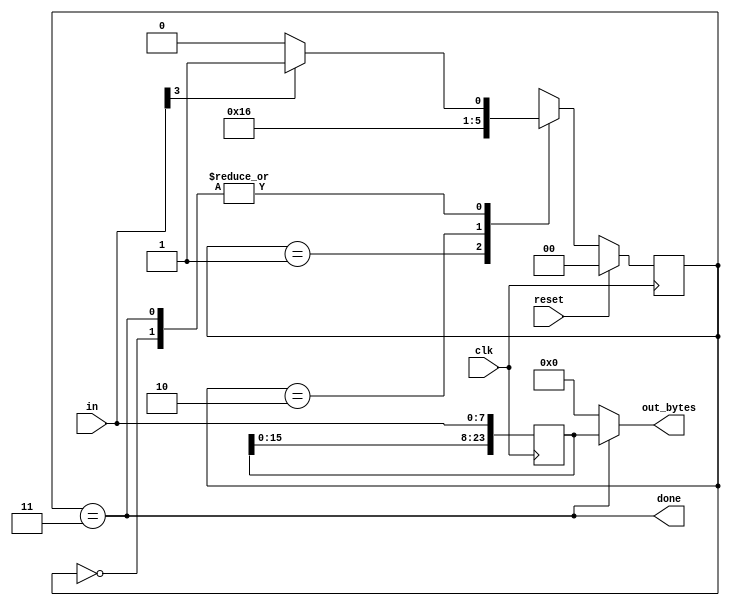
module top_module(
    input clk,
    input [7:0] in,
    input reset,    // Synchronous reset
    output [23:0] out_bytes,
    output done); //
    
    parameter byte1 = 0, byte2=1, byte3=2, byte4=3;
    reg [1:0] ps, ns;
    reg [23:0] data;
    // State transition logic (combinational)
    always @(*)
        begin
            case(ps)
                byte1 : ns = in[3]? byte2: byte1;
                byte2 : ns = byte3;
                byte3 : ns = byte4;
                byte4 : ns = in[3]? byte2: byte1;
                default : ns = byte1;
            endcase
        end

    // State flip-flops (sequential)
    always @(posedge clk)
        begin
            if(reset)
                ps <= byte1;
            else
                ps <= ns;
        end
 
    // Output logic
    assign done = ps==byte4;
    assign out_bytes = done? data: 24'd0; 
    
    always @(posedge clk)
        begin
            data[23:0] = {data[15:0], in};
        end

endmodule